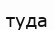
туда